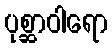
ပုစ္ဆာဝါရော